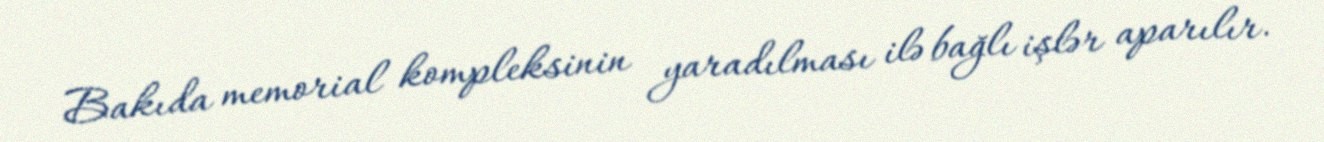
Bakıda memorial kompleksinin yaradılması ilə bağlı işlər aparılır.